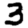
Digit: 3